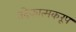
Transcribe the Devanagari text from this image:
तदेकात्मकरूप